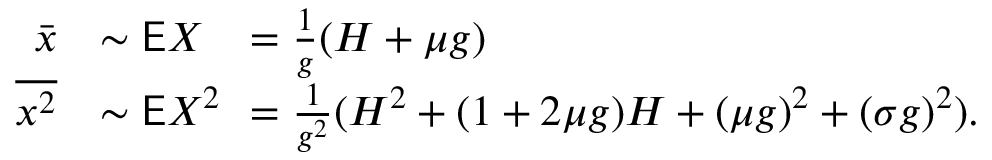
\begin{array} { r l r l } { \bar { x } } & { \sim \mathsf E X } & & { \! \! \! \! \! \! \! \! = \frac { 1 } { g } ( H + \mu g ) } \\ { \overline { { x ^ { 2 } } } } & { \sim \mathsf E X ^ { 2 } } & & { \! \! \! \! \! \! \! \! = \frac { 1 } { g ^ { 2 } } ( H ^ { 2 } + ( 1 + 2 \mu g ) H + ( \mu g ) ^ { 2 } + ( \sigma g ) ^ { 2 } ) . } \end{array}